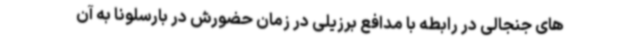
های جنجالی در رابطه با مدافع برزیلی در زمان حضورش در بارسلونا به آن